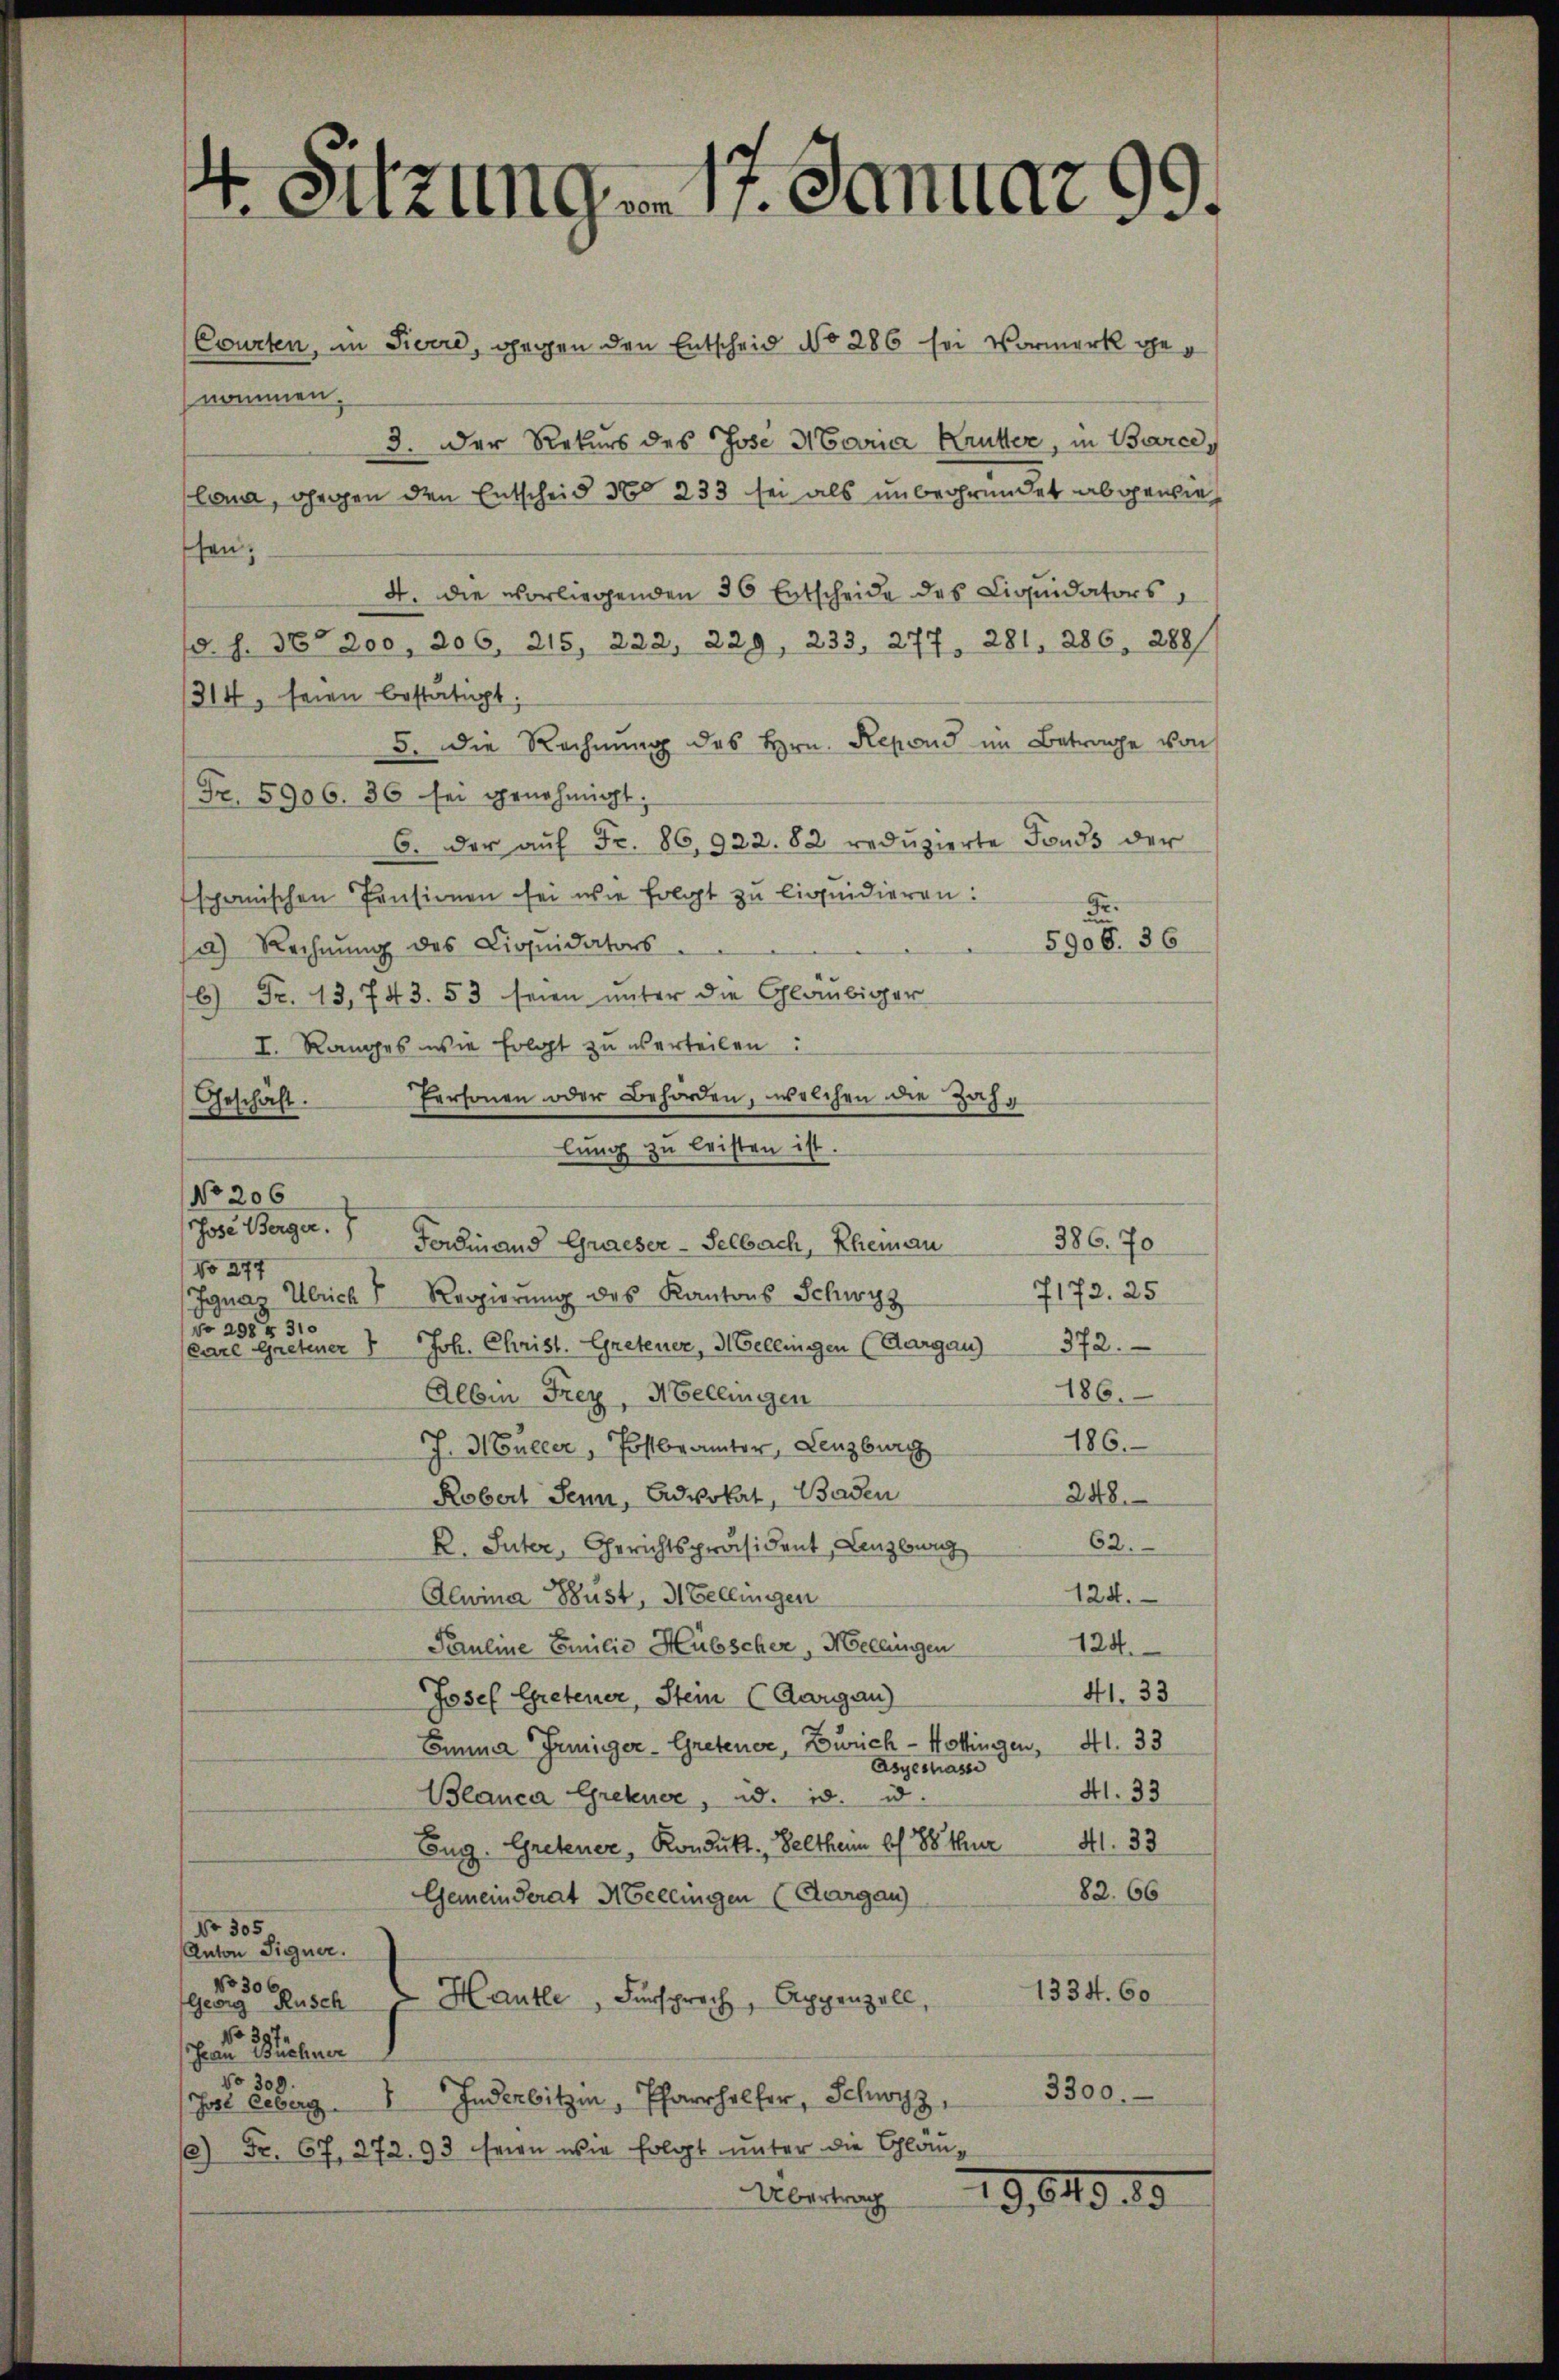
4. Sitzungen 17. Januar 99.

Courten, in Fierre, gegen den Entscheid No 286 sei Vormerk genommen.
3. Der Rekurs des Jose Maria Krutter, in Barce,
lona, gegen den Entscheid No 233 sei als unbegründet abgewies
fen:
4. die vorliegenden 36 Entscheide des Liquidators
d. S. 36. 200, 206. 215, 222, 229, 233, 277, 281, 286, 288/
314, seien bestätigt;
5. die Rechnung des Hrn. Repond im Betrage von
Fr. 5906. 36 sei genehmigt;
6. der aŭf Fr. 86,922.82 redŭzierte Fonds der
spanischen Pensionen sei wie folgt zu liquidieren:
Fr
5906. 36
a) Rechnŭng des Liquidators
6) Fr. 13, 743. 53 seien unter die Gläubiger
I. Ranges wie folgt zu verteilen:
Personen oder Behörden, welchen die Zah¬
Geschäft.
lung zu leisten ist.
No 206
rhose Berger. Ferdinand Graeser - Selbach, Eheman 386. 70
No 277
7172. 25
Iguar Ulrich Regierŭng des Kantons Schwyz
No 298 f 31
(Pare Gretener Joh. Christ. Gretener, Mellingen (Aargau) 372.
186.
Albin Frey, Mellingen
186.
J. Mouller, Postbrämter, Lenzburg
Robert sein, Advokat, Baden
248.
62.
R. Suter, Gerichtspräsident Lenzbeweg
124.
Alwina Pust, 3. Bellingen
Pauline Emilie Hübscher, Mellingen
124.
41. 33
Josef Gretener, Stein (Aargau)
Emmner Juniger-Gretener, Zürich - Hottingen, 41. 33
Asyesasse
41. 33
Blanca Greteuer, d. d. u.
Eug. Gretener, Kondukt. Veltheim bis 88 thur 41. 33
82. 66
Gemeinderat Mellingen (Aargau
Nr. 305.
Anton Signer.
No 306,
1334. 60
Georg Rusch 2 Hautle, Fürsprach, Appenzell,
No 3
Frau Puchener
No 309.
Jst Leberg. Inderbitzi, Pfarrer, Schwyz 3300.
) Fr. 67, 272. 93 seien wie folgt unter die Schläu¬
Übertrag
19,819, 15